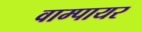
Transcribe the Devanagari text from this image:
वाम्पायर